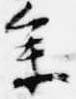
参